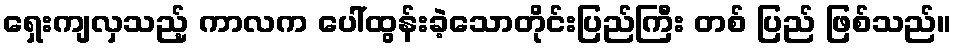
ရှေးကျလှသည့် ကာလက ပေါ်ထွန်းခဲ့သောတိုင်းပြည်ကြီး တစ် ပြည် ဖြစ်သည်။